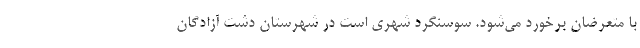
با متعرضان برخورد می‌شود. سوسَنگِرد شهری است در شهرستان دشت آزادگان